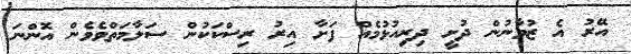
އޭރު އެ ޒުވާނުން ދުށީ ދިރިއުޅުމެއް ފަށާ އިރު ރިސްކަކުން ސަލާމަތްވެވެން އޮންނަ